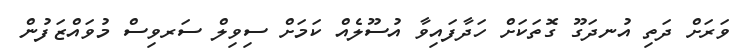
ވަރަށް ދަތި އުނދަގޫ ގޮތަކަށް ހަދާފައިވާ އުސޫލެއް ކަމަށް ސިވިލް ސަރވިސް މުވައްޒަފުން